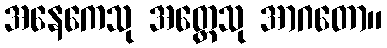
အနေကေသု အတ္ထေသု အာဂတော။